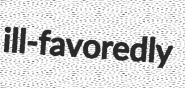
ill-favoredly